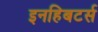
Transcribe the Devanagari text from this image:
इनहिबटर्स